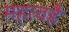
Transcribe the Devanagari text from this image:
महत्वहै